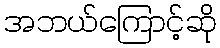
အဘယ်ကြောင့်ဆို